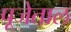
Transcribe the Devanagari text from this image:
पूजेताल